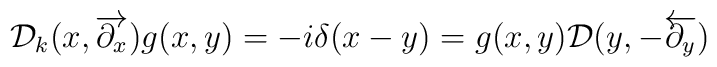
{\cal D}_{k}(x,\overrightarrow{\partial_x}) g(x,y) =-i\delta(x-y)=g(x,y){\cal D}(y,-\overleftarrow{\partial_y})